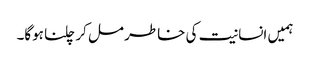
ہمیں انسانیت کی خاطر مل کر چلنا ہوگا۔